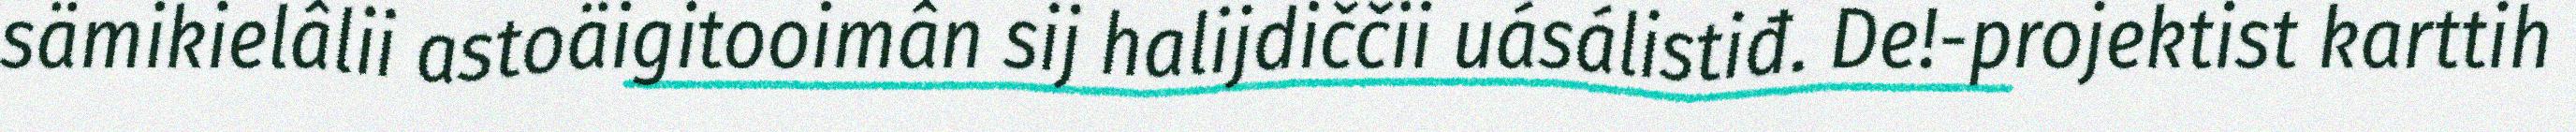
sämikielâlii astoäigitooimân sij halijdiččii uásálistiđ. De!-projektist karttih